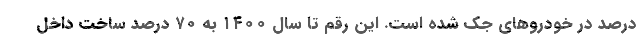
درصد در خودروهای جک شده است. این رقم تا سال ۱۴۰۰ به ۷۰ درصد ساخت داخل